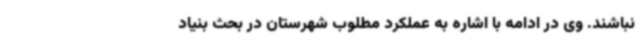
نباشند. وی در ادامه با اشاره به عملکرد مطلوب شهرستان در بحث بنیاد